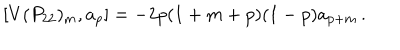
[ V ( P _ { 2 2 } ) _ { m } , a _ { p } ] = - 2 p ( 1 + m + p ) ( 1 - p ) a _ { p + m } \, .